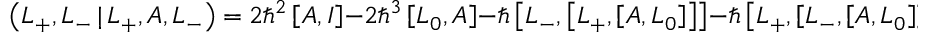
\left( L _ { + } , L _ { - } \, | \, L _ { + } , A , L _ { - } \right) = 2 \hbar ^ { 2 } \left[ A , I \right] - 2 \hbar ^ { 3 } \left[ L _ { 0 } , A \right] - \hbar \left[ L _ { - } , \left[ L _ { + } , \left[ A , L _ { 0 } \right] \right] \right] - \hbar \left[ L _ { + } , \left[ L _ { - } , \left[ A , L _ { 0 } \right] \right] \right] \; ,